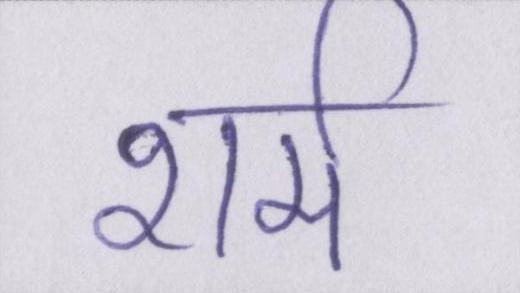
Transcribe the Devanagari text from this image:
शर्म